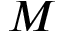
M